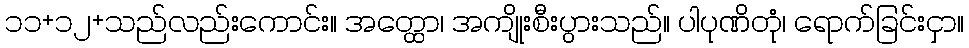
၁၁+၁၂+သည်လည်းကောင်း။ အတ္ထော၊ အကျိုးစီးပွားသည်။ ပါပုဏိတုံ၊ ရောက်ခြင်းငှာ။